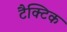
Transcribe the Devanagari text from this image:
टैक्टिक